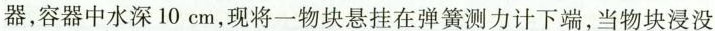
器，容器中水深10cm，现将一物块悬挂在弹簧测力计下端，当物块浸没